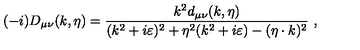
( - i ) D _ { \mu \nu } ( k , \eta ) = { \frac { k ^ { 2 } d _ { \mu \nu } ( k , \eta ) } { ( k ^ { 2 } + i \varepsilon ) ^ { 2 } + \eta ^ { 2 } ( k ^ { 2 } + i \varepsilon ) - ( \eta \cdot k ) ^ { 2 } } } \ ,